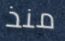
منذ